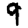
Digit: 9